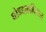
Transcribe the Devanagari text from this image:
घोडदळाविरुद्ध